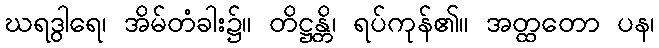
ဃရဒွါရေ၊ အိမ်တံခါး၌။ တိဋ္ဌန္တိ၊ ရပ်ကုန်၏။ အတ္ထတော ပန၊